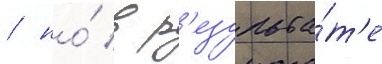
/ но́ в р'езульта́т'е